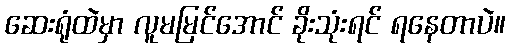
ဆေးရုံထဲမှာ လူမမြင်အောင် ခိုးသုံးရင် ရနေတာပဲ။